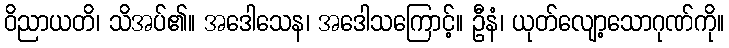
ဝိညာယတိ၊ သိအပ်၏။ အဒေါသေန၊ အဒေါသကြောင့်။ ဦနံ၊ ယုတ်လျော့သောဂုဏ်ကို။